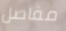
مفاصل